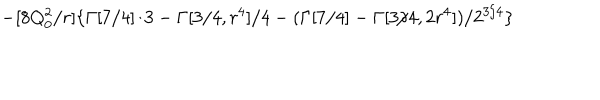
- [ 8 Q _ { 0 } ^ { 2 } / r ] \{ \Gamma [ 7 / 4 ] / 3 - \Gamma [ 3 / 4 , r ^ { 4 } ] / 4 - ( \Gamma [ 7 / 4 ] - \Gamma [ 3 / 4 , 2 r ^ { 4 } ] ) / 2 ^ { 3 / 4 } \}